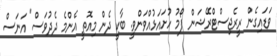
ވަޑައިގެން ރީރެޖިސްޓްރޭޝަން ފޯމު ހުށައަޅުއްވަންވީ. ބާކީ ދެން މިއޮތީ އެންމެ ދެދުވަސް" އަނަސް